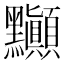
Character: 𲎘